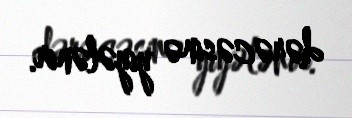
dərəcəsinə yiyələnir.